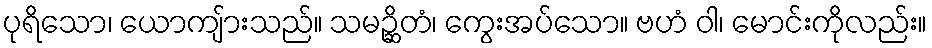
ပုရိသော၊ ယောကျ်ားသည်။ သမဉ္ဆိတံ၊ ကွေးအပ်သော။ ဗဟံ ဝါ၊ မောင်းကိုလည်း။